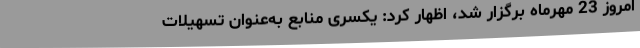
امروز 23 مهرماه برگزار شد، اظهار کرد: یکسری منابع به‌عنوان تسهیلات